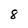
Character: 8